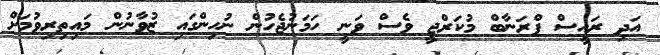
އަދި ރައީސް ޕްރަނާބް މުކަރްޖީ ވެސް ވަނީ ހަމަނުޖެހުން ނުހިންގައި ޒުވާނުން މައިތިރިވުމަށް